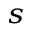
_ s